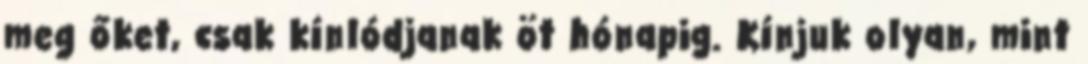
meg őket, csak kínlódjanak öt hónapig. Kínjuk olyan, mint